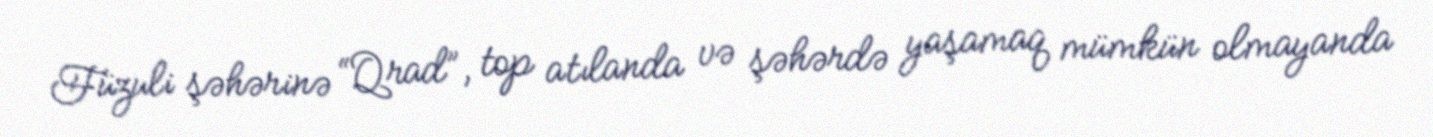
Füzuli şəhərinə “Qrad”, top atılanda və şəhərdə yaşamaq mümkün olmayanda